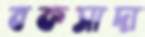
বকসাদা